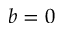
b = 0